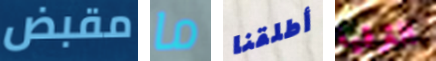
مقبض ما أطلقنا الترقية